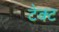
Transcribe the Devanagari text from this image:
टेक्ट